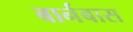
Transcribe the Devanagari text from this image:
बार्नबास